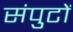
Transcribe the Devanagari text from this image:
संपुटों